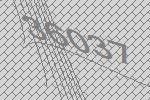
36037